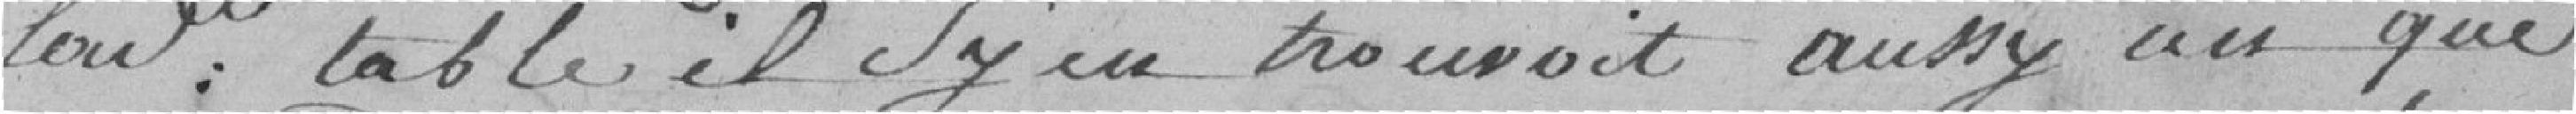
: table il s'y en trouvait aussy un qui